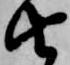
由